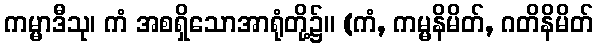
ကမ္မာဒီသု၊ ကံ အစရှိသောအာရုံတို့၌။ (ကံ, ကမ္မနိမိတ်, ဂတိနိမိတ်